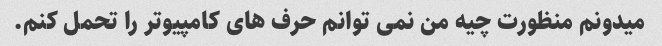
میدونم منظورت چیه من نمی توانم حرف های کامپیوتر را تحمل کنم.